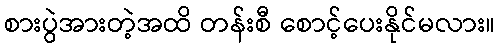
စားပွဲအားတဲ့အထိ တန်းစီ စောင့်ပေးနိုင်မလား။